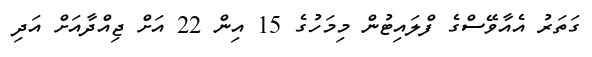
ގަތަރު އެއާވޭސްގެ ފްލައިޓުން މިމަހުގެ 15 އިން 22 އަށް ޖިއްދާއަށް އަދި